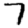
Digit: 7